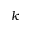
k